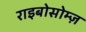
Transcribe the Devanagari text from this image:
राइबोसोम्ज़